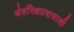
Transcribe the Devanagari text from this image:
अंतरिक्षप्रवासाशी